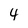
Character: 4